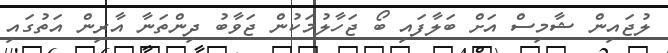
ލުޖައިން ޝާމިސް އަށް ބަލާފައި ބޯ ޖަހާލުމަކުން ޖަވާބު ދިންތަނާ އާރިން އަތުގައި